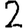
Digit: 2